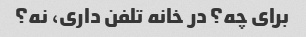
برای چه؟ در خانه تلفن داری، نه؟